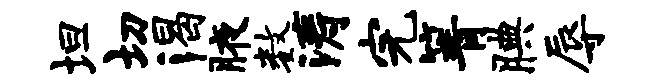
坦切渴腋数涛完箐腆辱